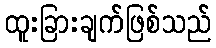
ထူးခြားချက်ဖြစ်သည်